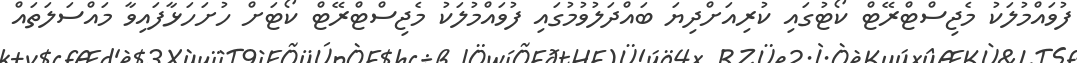
ފުވައްމުލަކު މެޖިސްޓްރޭޓް ކޯޓުގައި ކުރިއަށްދިޔަ ބައްދަލުވުމުގައި ފުވައްމުލަކު މެޖިސްޓްރޭޓް ކޯޓަށް ހުށަހަޅާފައިވާ މައްސަލަތައް